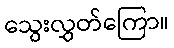
သွေးလွှတ်ကြော။